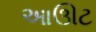
આઊટ